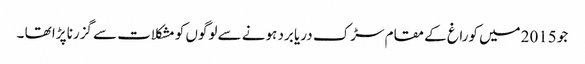
جو 2015میں کوراغ کے مقام سڑک دریا برد ہونے سے لوگوں کو مشکلات سے گزرنا پڑا تھا ۔